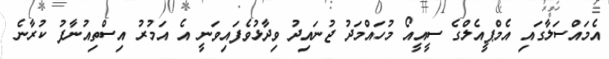
އެމައްސަލާގައި އެމްޕީއެލްގެ ސީއީއޯ މުހައްމަދު ޖުނައިދު ވިދާޅުވެފައިވަނީ އެ އަމުރު އިސްތިއުނާފު ކުރާނެ